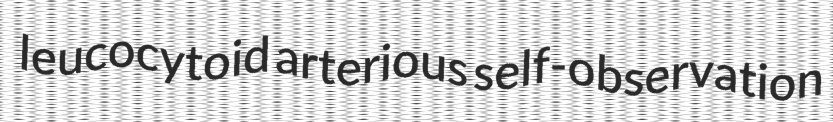
leucocytoid arterious self-observation